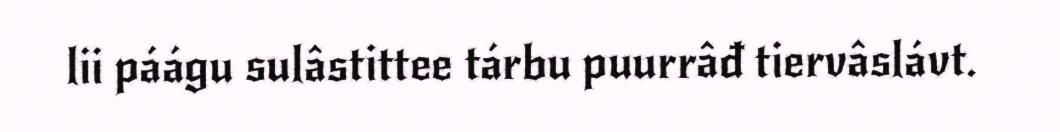
lii páágu sulâstittee tárbu puurrâđ tiervâslávt.